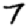
Digit: 7